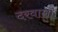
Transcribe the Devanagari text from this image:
दरवाला